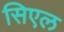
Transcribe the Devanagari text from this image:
सिएल